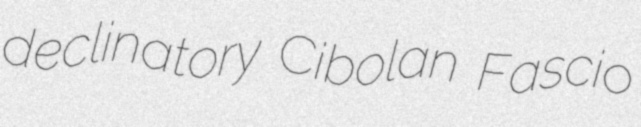
declinatory Cibolan Fascio